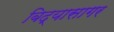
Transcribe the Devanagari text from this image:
बिद्यासागर